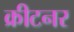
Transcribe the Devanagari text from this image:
क्रीटनर